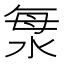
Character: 𣴴